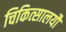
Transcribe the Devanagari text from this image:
चिकित्सालयौं